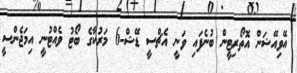
އޭވިއޭޝަން އޮތޯރިޓީން ބުނެފައި ވަނީ އެޗްސީ ޑޭޝް-6 މަރުކާގެ ބޯޓު ވެއްޓުނީ އިމަޖެންސީ